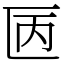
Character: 㔷